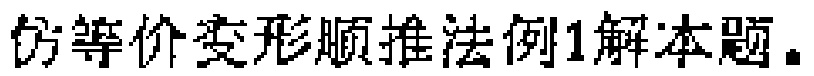
仿等价变形顺推法例1解本题.